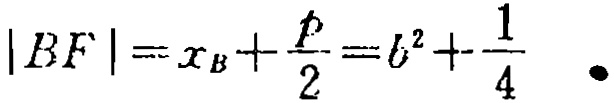
\(|BF| = x_B+\frac{p}{2}=b^2+\frac{1}{4}\)